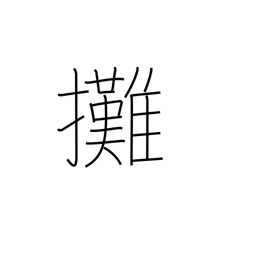
Meaning: apportion